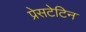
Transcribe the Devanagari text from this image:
प्रेसटेटिन